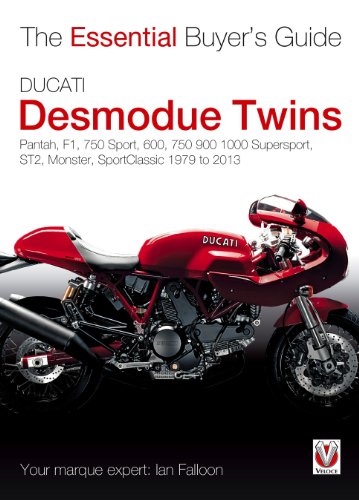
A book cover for Ducati Desmodue Twins: Pantah, F1, 750 Sport, 600, 750 900 1000 Supersport, ST2, Monster, SportClassic 1979 to 2013 (Essential Buyer's Guide); Ian Falloon; Engineering & Transportation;